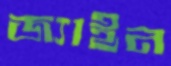
জ্যাইন